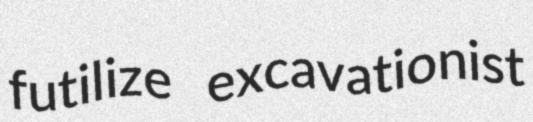
futilize excavationist